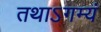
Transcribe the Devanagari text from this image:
तथाऽगम्यं